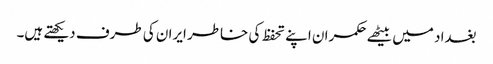
بغداد میں بیٹھے حکمران اپنے تحفظ کی خاطر ایران کی طرف دیکھتے ہیں۔